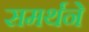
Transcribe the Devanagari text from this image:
समर्थने